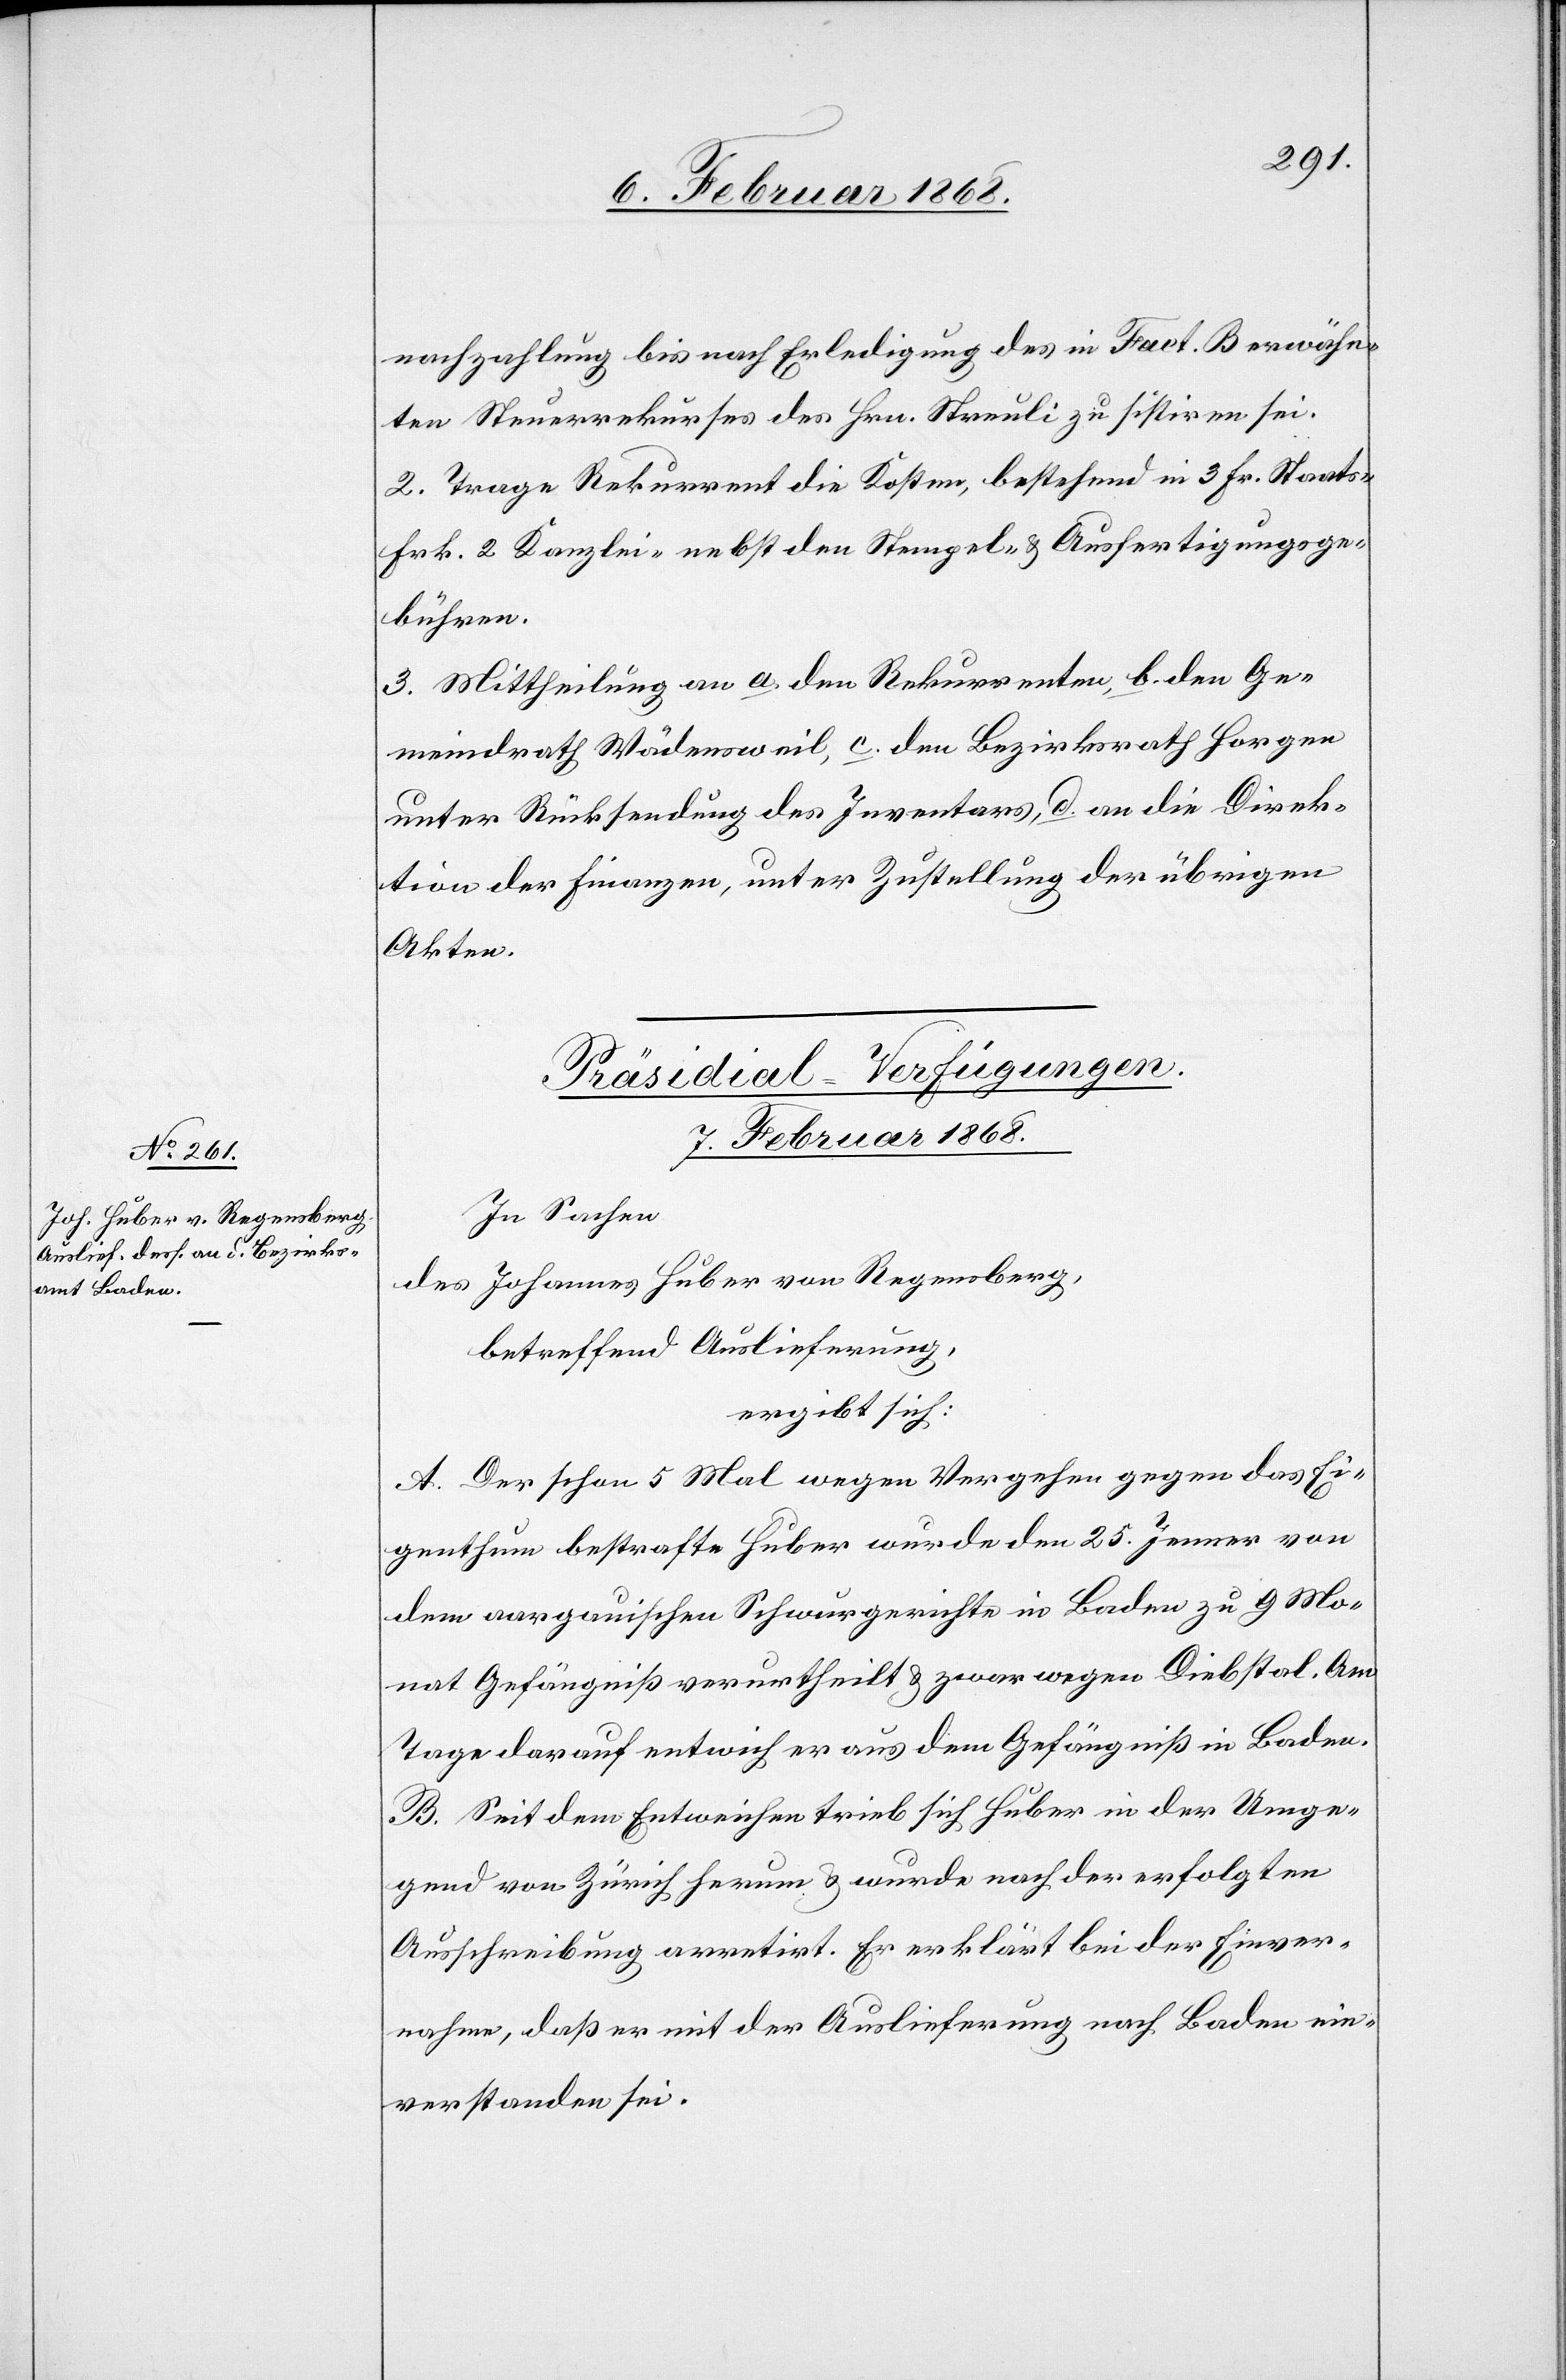
nachzahlung bis nach Erledigung des in Fact. B erwähn¬
ten Steuerrekurses des Hrn. Streuli zu sistiren sei.
2. Trage Rekurrent die Kosten, bestehend in 3 Fr. Staats-[,]
Frk. 2 Kanzlei-[,] nebst den Stempel- & Ausfertigungsge¬
bühren.
3. Mittheilung an a. den Rekurrenten, b. den Ge¬
meindrath Wädensweil, c. den Bezirksrath Horgen
unter Rücksendung des Inventars, d. an die Direk¬
tion der Finanzen, unter Zustellung der übrigen
Akten.
Präsidial-Verfügungen.
7. Februar 1868.
In Sachen
des Johannes Huber von Regensberg,
betreffend Auslieferung,
ergibt sich:
A. Der schon 5 Mal wegen Vergehen gegen das Ei¬
genthum bestrafte Huber wurde den 25. Jenner von
dem aargauischen Schwurgerichte in Baden zu 9 Mo¬
nat Gefängniß verurtheilt & zwar wegen Diebstal. Am
Tage darauf entwich er aus dem Gefängniß in Baden.
B. Seit dem Entweichen trieb sich Huber in der Umge¬
gend von Zürich herum & wurde nach der erfolgten
Ausschreibung arretirt. Er erklärt bei der Einver¬
nahme, daß er mit der Auslieferung nach Baden ein¬
verstanden sei.